Annual administration report of the Civil Veterinary Department of India - 1909-1910
Year: 1909
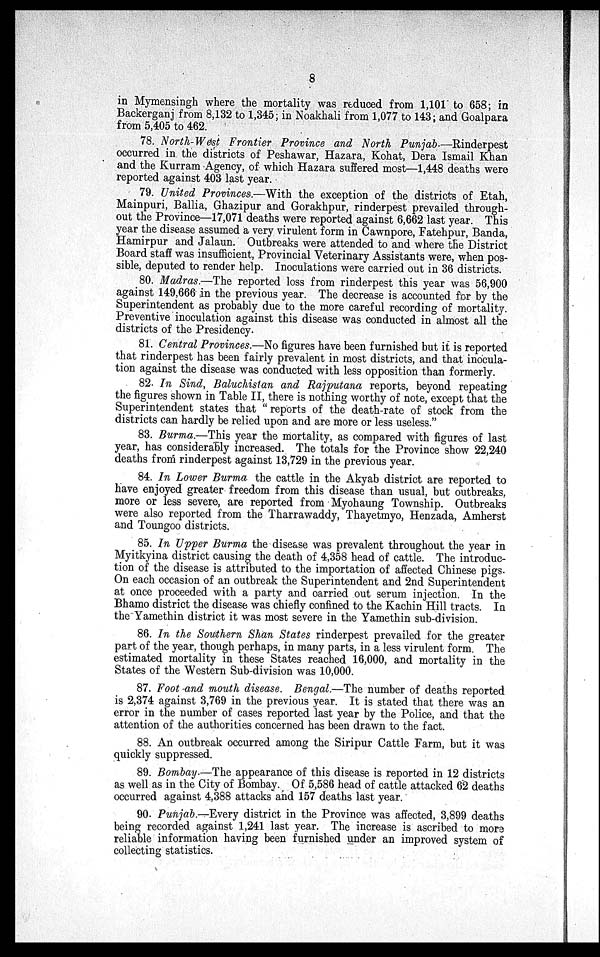
8
in Mymensingh where the mortality was reduced from 1,101 to 658; in
Backerganj from 8,132 to 1,345; in Noakhali from 1,077 to 143; and Goalpara
from 5,405 to 462.
78. North-West Frontier Province and North Punjab.—Rinderpest
occurred in the districts of Peshawar, Hazara, Kohat, Dera Ismail Khan
and the Kurram Agency, of which Hazara suffered most—1,448 deaths were
reported against 403 last year.
79. United Provinces.—With the exception of the districts of Etah,
Mainpuri, Ballia, Ghazipur and Gorakhpur, rinderpest prevailed through-
out the Province—17,071 deaths were reported against 6,662 last year. This
year the disease assumed a very virulent form in Cawnpore, Fatehpur, Banda,
Hamirpur and Jalaun. Outbreaks were attended to and where the District
Board staff was insufficient, Provincial Veterinary Assistants were, when pos-
sible, deputed to render help. Inoculations were carried out in 36 districts.
80. Madras.—The reported loss from rinderpest this year was 56,900
against 149,666 in the previous year. The decrease is accounted for by the
Superintendent as probably due to the more careful recording of mortality.
Preventive inoculation against this disease was conducted in almost all the
districts of the Presidency.
81. Central Provinces.—No figures have been furnished but it is reported
that rinderpest has been fairly prevalent in most districts, and that inocula-
tion against the disease was conducted with less opposition than formerly.
82. In Sind, Baluchistan and Rajputana reports, beyond repeating
the figures shown in Table II, there is nothing worthy of note, except that the
Superintendent states that "reports of the death-rate of stock from the
districts can hardly be relied upon and are more or less useless."
83. Burma.—This year the mortality, as compared with figures of last
year, has considerably increased. The totals for the Province show 22,240
deaths from rinderpest against 13,729 in the previous year.
84. In Lower Burma the cattle in the Akyab district are reported to
have enjoyed greater freedom from this disease than usual, but outbreaks,
more or less severe, are reported from Myohaung Township. Outbreaks
were also reported from the Tharrawaddy, Thayetmyo, Henzada, Amherst
and Toungoo districts.
85. In Upper Burma the disease was prevalent throughout the year in
Myitkyina district causing the death of 4,358 head of cattle. The introduc-
tion of the disease is attributed to the importation of affected Chinese pigs.
On each occasion of an outbreak the Superintendent and 2nd Superintendent
at once proceeded with a party and carried out serum injection. In the
Bhamo district the disease was chiefly confined to the Kachin Hill tracts. In
the Yamethin district it was most severe in the Yamethin sub-division.
86. In the Southern Shan States rinderpest prevailed for the greater
part of the year, though perhaps, in many parts, in a less virulent form. The
estimated mortality in these States reached 16,000, and mortality in the
States of the Western Sub-division was 10,000.
87. Foot and mouth disease. Bengal.—The number of deaths reported
is 2,374 against 3,769 in the previous year. It is stated that there was an
error in the number of cases reported last year by the Police, and that the
attention of the authorities concerned has been drawn to the fact.
88. An outbreak occurred among the Siripur Cattle Farm, but it was
quickly suppressed.
89. Bombay.—The appearance of this disease is reported in 12 districts
as well as in the City of Bombay. Of 5,586 head of cattle attacked 62 deaths
occurred against 4,388 attacks and 157 deaths last year.
90. Punjab.—Every district in the Province was affected, 3,899 deaths
being recorded against 1,241 last year. The increase is ascribed to more
reliable information having been furnished under an improved system of
collecting statistics.